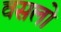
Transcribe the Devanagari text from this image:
वसलो